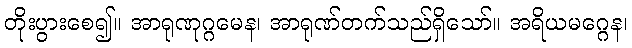
တိုးပွားစေ၍။ အာရုဏုဂ္ဂမေန၊ အာရုဏ်တက်သည်ရှိသော်။ အရိယမဂ္ဂေန၊